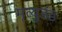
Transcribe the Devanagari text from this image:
मृत्युडंड